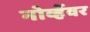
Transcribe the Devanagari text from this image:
नोव्हेंवर